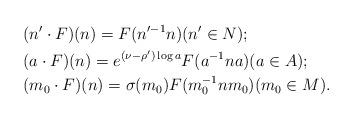
LaTeX: \begin{align*} &(n'\cdot F)(n)=F(n'^{-1}n)(n'\in N); \\&(a\cdot F)(n)=e^{(\nu-\rho')\log a}F(a^{-1}na)(a\in A); \\ &(m_0\cdot F)(n)=\sigma(m_0)F(m_0^{-1}nm_0)(m_0\in M).\end{align*}